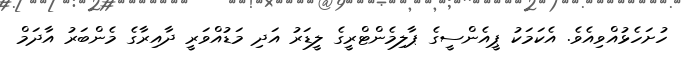
ހުށަހެޅުއްވިއެވެ. އެކަމަކު ޕީއެންސީގެ ޕާލިމެންޓްރީގެ ލީޑަރު އަދި މަޑުއްވަރީ ދާއިރާގެ މެންބަރު އާދަމް